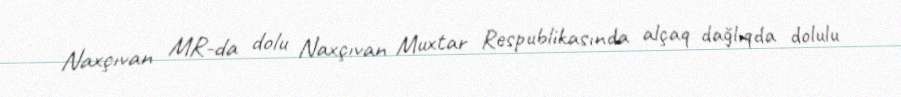
Naxçıvan MR-da dolu Naxçıvan Muxtar Respublikasında alçaq dağlıqda dolulu